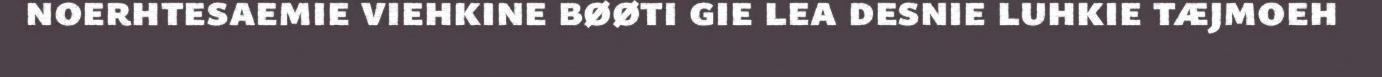
noerhtesaemie viehkine bøøti gie lea desnie luhkie tæjmoeh